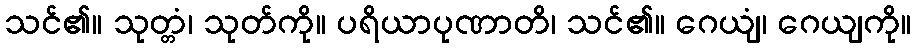
သင်၏။ သုတ္တံ၊ သုတ်ကို။ ပရိယာပုဏာတိ၊ သင်၏။ ဂေယျံ၊ ဂေယျကို။